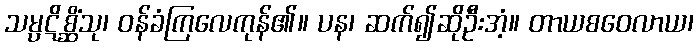
သမ္ပဋိစ္ဆိံသု၊ ဝန်ခံကြလေကုန်၏။ ပန၊ ဆက်၍ဆိုဦးအံ့။ တာယစဝေလာယ၊